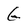
Character: G